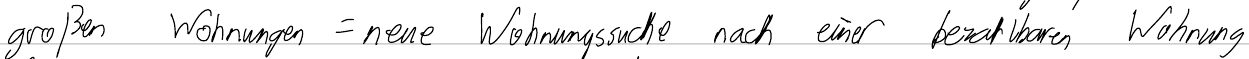
großen Wohnungen = neue Wohnungssuche nach einer bezahlbaren Wohnung